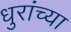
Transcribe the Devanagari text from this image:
धुरांच्या